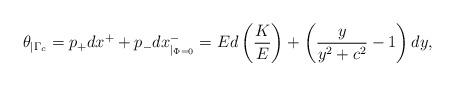
LaTeX: \begin{align*}\theta_{\mid \Gamma_{c}}=p_+dx^++p_-dx^-_{\mid_{\Phi=0}}=Ed\left (\frac{K}{E}\right )+\left (\frac{y}{y^2+c^2}-1\right )dy,\end{align*}